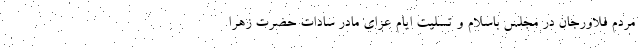
مردم فلاورجان در مجلس باسلام و تسلیت ایام عزای مادر سادات حضرت زهرا